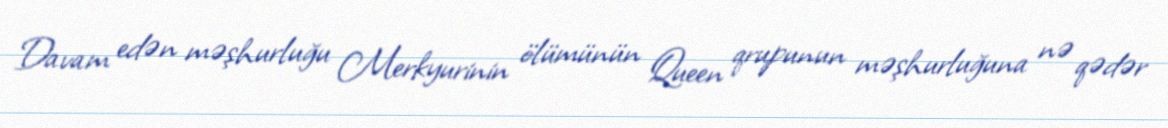
Davam edən məşhurluğu Merkyurinin ölümünün Queen qrupunun məşhurluğuna nə qədər